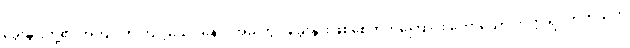
ခွေးနွားတို့၏ အကျင့်ကို ကျင့်သော် နောင်အခါတွင် ခွေးနွားဖြစ်စေတတ်ကြောင်း ဟောသော ကုက္ကုရဝတိကသုတ်